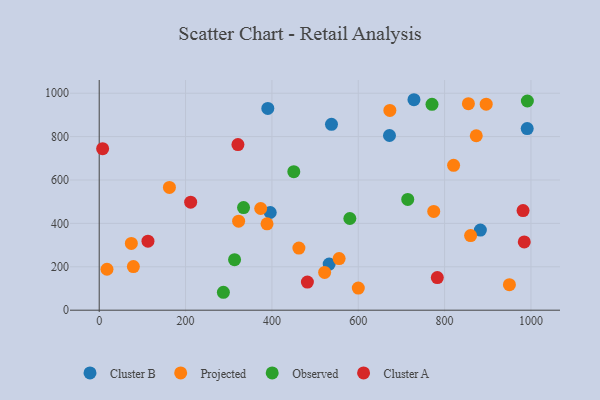
{"axis": {"x": "Ad Spend", "y": "Yield"}, "legend": ["Cluster A", "Cluster B", "Observed", "Projected"], "data": [{"x": "532.7", "y": 212.5, "type": "Cluster B"}, {"x": "729.0", "y": 970.0, "type": "Cluster B"}, {"x": "538.0", "y": 856.4, "type": "Cluster B"}, {"x": "882.8", "y": 369.4, "type": "Cluster B"}, {"x": "390.5", "y": 930.0, "type": "Cluster B"}, {"x": "396.1", "y": 450.3, "type": "Cluster B"}, {"x": "991.3", "y": 836.9, "type": "Cluster B"}, {"x": "672.3", "y": 805.1, "type": "Cluster B"}, {"x": "950.1", "y": 117.8, "type": "Projected"}, {"x": "673.2", "y": 920.8, "type": "Projected"}, {"x": "896.3", "y": 949.6, "type": "Projected"}, {"x": "388.7", "y": 398.1, "type": "Projected"}, {"x": "855.1", "y": 951.8, "type": "Projected"}, {"x": "774.8", "y": 455.1, "type": "Projected"}, {"x": "600.1", "y": 102.1, "type": "Projected"}, {"x": "18.0", "y": 188.6, "type": "Projected"}, {"x": "74.4", "y": 307.9, "type": "Projected"}, {"x": "374.0", "y": 468.7, "type": "Projected"}, {"x": "873.3", "y": 804.0, "type": "Projected"}, {"x": "462.5", "y": 286.4, "type": "Projected"}, {"x": "162.6", "y": 565.8, "type": "Projected"}, {"x": "820.8", "y": 667.5, "type": "Projected"}, {"x": "555.7", "y": 237.8, "type": "Projected"}, {"x": "860.2", "y": 343.8, "type": "Projected"}, {"x": "522.1", "y": 173.9, "type": "Projected"}, {"x": "322.9", "y": 410.1, "type": "Projected"}, {"x": "79.1", "y": 200.9, "type": "Projected"}, {"x": "450.7", "y": 638.3, "type": "Observed"}, {"x": "770.8", "y": 949.0, "type": "Observed"}, {"x": "287.6", "y": 82.6, "type": "Observed"}, {"x": "714.6", "y": 510.3, "type": "Observed"}, {"x": "580.5", "y": 422.7, "type": "Observed"}, {"x": "334.3", "y": 473.1, "type": "Observed"}, {"x": "991.7", "y": 964.1, "type": "Observed"}, {"x": "313.5", "y": 232.9, "type": "Observed"}, {"x": "981.7", "y": 459.2, "type": "Cluster A"}, {"x": "112.9", "y": 318.1, "type": "Cluster A"}, {"x": "783.1", "y": 150.2, "type": "Cluster A"}, {"x": "321.3", "y": 763.4, "type": "Cluster A"}, {"x": "984.5", "y": 314.8, "type": "Cluster A"}, {"x": "7.9", "y": 744.5, "type": "Cluster A"}, {"x": "211.8", "y": 497.7, "type": "Cluster A"}, {"x": "482.2", "y": 129.8, "type": "Cluster A"}]}